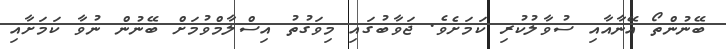
ބޭނުންތޯ އޭނާއާއި ސުވާލުކުރި ކަމަށެވެ. ޖަވާބުގައި މިވަގުތު އިސްލާމްވުމަށް ބޭނުން ނުވާ ކަމަށާއި